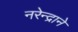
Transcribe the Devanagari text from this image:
नरेन्द्राने